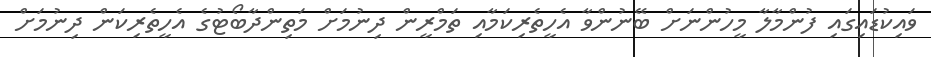
ވައިކުޑައިގައި ފުންމާލާ މީހުންނަށް ބޭނުންވާ އެހީތެރިކަމާއި ތަމްރީން ދިނުމަށް މަތިންދާބޯޓުގެ އެހީތެރިކަން ދިނުމަށް